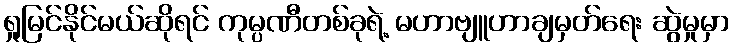
ရှုမြင်နိုင်မယ်ဆိုရင် ကုမ္ပဏီတစ်ခုရဲ့ မဟာဗျူဟာချမှတ်ရေး ဆွဲမှုမှာ